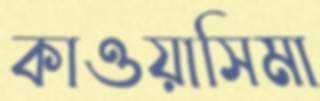
কাওয়াসিমা